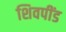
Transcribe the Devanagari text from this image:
शिवपींड